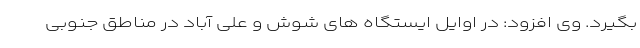
بگیرد. وی افزود: در اوایل ایستگاه های شوش و علی آباد در مناطق جنوبی